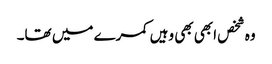
وہ شخص ابھی بھی وہیں کمرے میں تھا۔